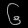
Digit: ၆